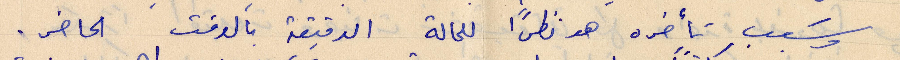
وسبب تأخره هو نظرًا للحالة الدقيقة بالوقت الحاضر.